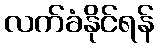
လက်ခံနိုင်ရန်